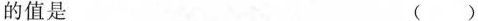
的值是 ( )